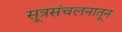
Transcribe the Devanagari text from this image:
सूत्रसंचलनातून